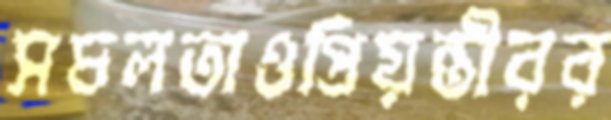
সচলতাওপ্রিয়ন্তীরর